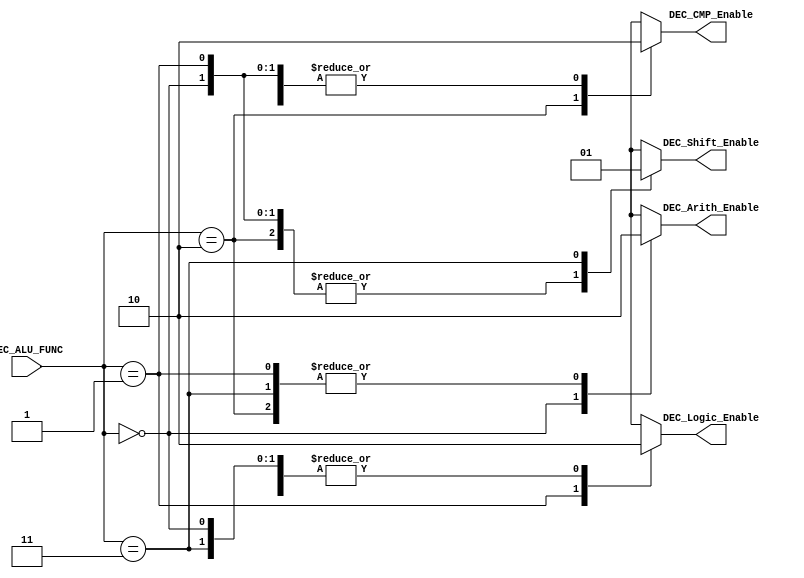
module Decoder_Unit (
    input [1 : 0] DEC_ALU_FUNC,
    output reg DEC_Arith_Enable, DEC_Logic_Enable, DEC_CMP_Enable, DEC_Shift_Enable
);
    
always @(*) begin
    // Initial values
    DEC_Arith_Enable = 1'b0;
    DEC_Logic_Enable = 1'b0;
    DEC_CMP_Enable   = 1'b0;
    DEC_Shift_Enable = 1'b0;

    // We need only the 2 MSB bits of ALU_FUNC to determine which block we need to enable
    case (DEC_ALU_FUNC)

        // case 0: Arith Enable = 1 and others = 0
        2'b00: DEC_Arith_Enable = 1'b1;
        // case 1: Logic Enable = 1 and others = 0
        2'b01: DEC_Logic_Enable = 1'b1;
        // case 2: CMP Enable = 1 and others = 0
        2'b10: DEC_CMP_Enable   = 1'b1;
        // case 3: Shift Enable = 1 and others = 0
        2'b11: DEC_Shift_Enable = 1'b1;

        default: begin
            DEC_Arith_Enable = 1'b0;
            DEC_Logic_Enable = 1'b0;
            DEC_CMP_Enable   = 1'b0;
            DEC_Shift_Enable = 1'b0; 
    end
    endcase
end

endmodule